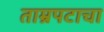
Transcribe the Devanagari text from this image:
ताम्रपटाचा